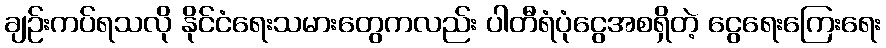
ချဉ်းကပ်ရသလို နိုင်ငံရေးသမားတွေကလည်း ပါတီရံပုံငွေအစရှိတဲ့ ငွေရေးကြေးရေး